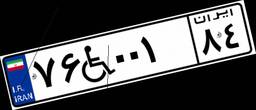
۷۶W۰۰۱۸۴